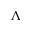
\Lambda